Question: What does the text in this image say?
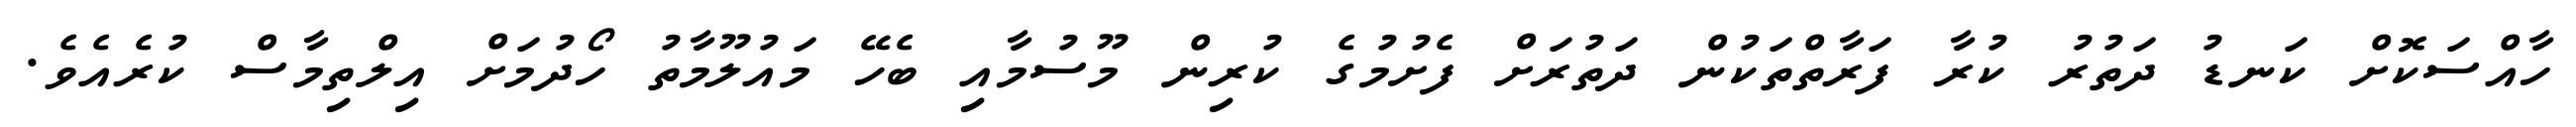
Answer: ހާއްސަކޮށް ކަނޑު ދަތުރު ކުރާ ފަރާތްތަކުން ދަތުރަށް ފެށުމުގެ ކުރިން މޫސުމާއި ބެހޭ މައުލޫމާތު ހޯދުމަށް އިލްތިމާސް ކުރެއެވެ.